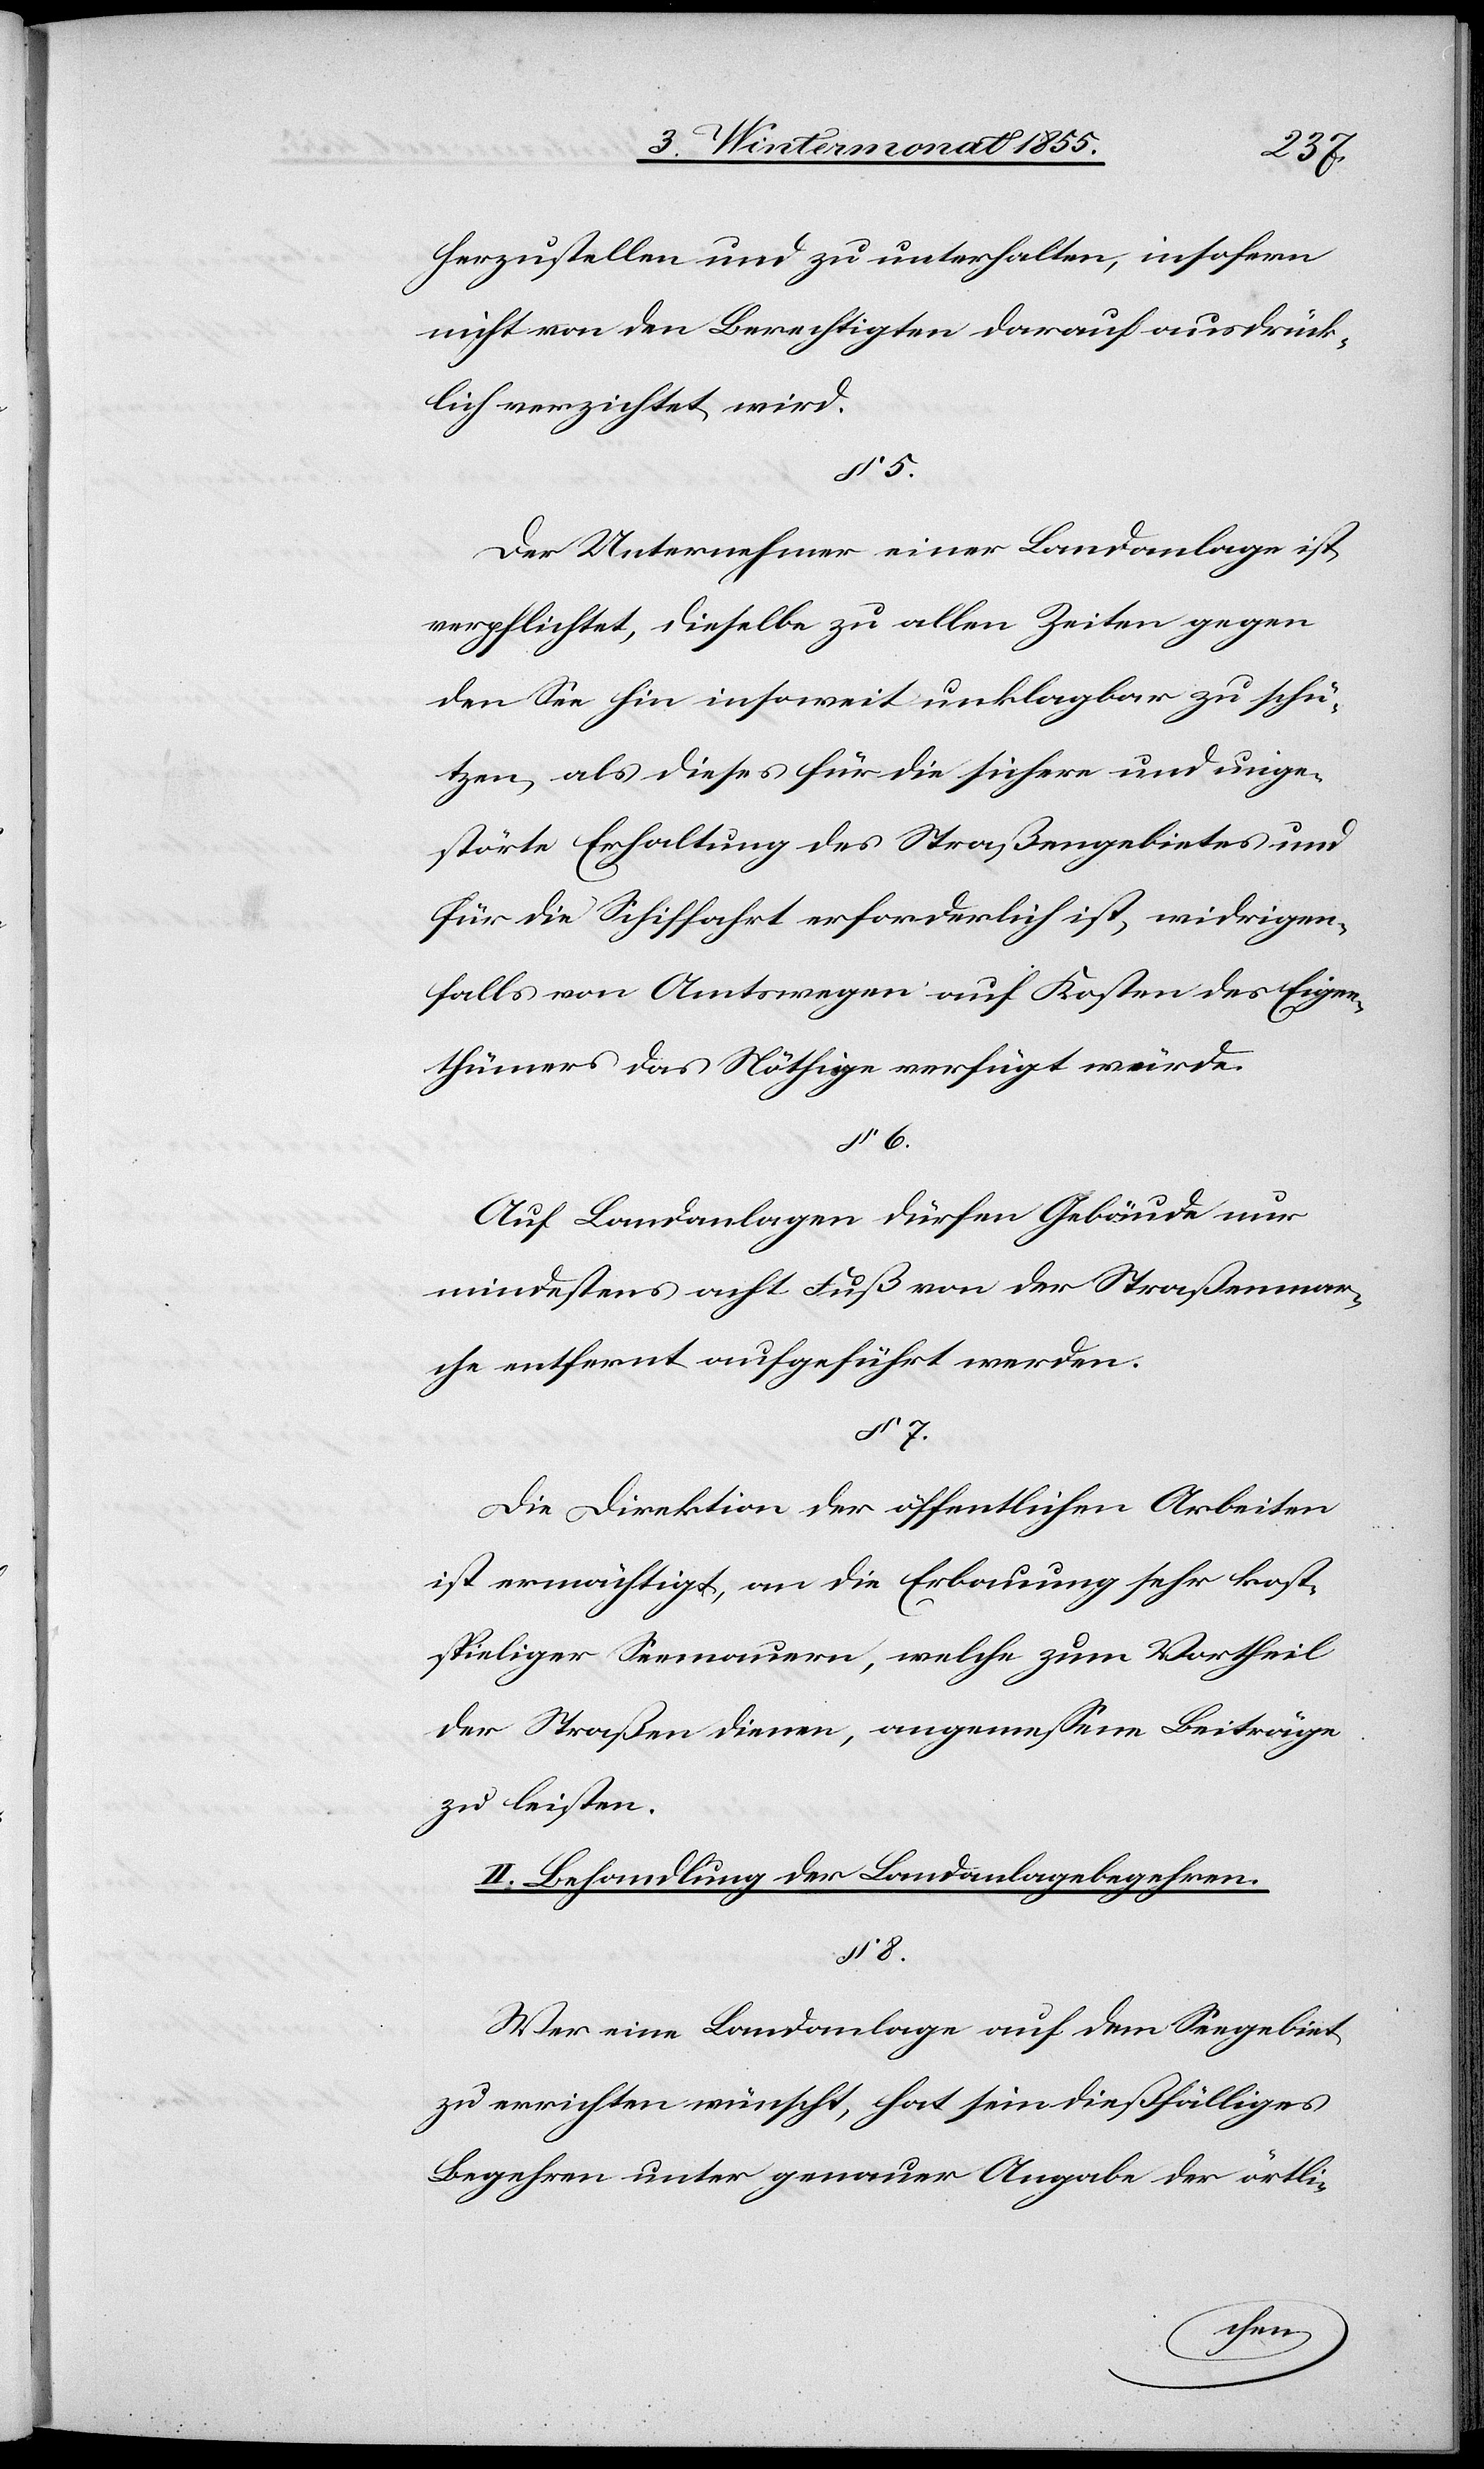
§ 7.
herzustellen und zu unterhalten, insofern
nicht von den Berechtigten darauf ausdrück¬
lich verzichtet wird.
Der Unternehmer einer Landanlage ist
verpflichtet, dieselbe zu allen Zeiten gegen
den See hin insoweit unklagbar zu schü¬
tzen, als dieses für die sichere und unge¬
störte Erhaltung des Straßengebietes und
für die Schiffahrt erforderlich ist, widrigen¬
falls von Amtswegen auf Kosten des Eigen¬
thümers das Nöthige verfügt würde.
Auf Landanlagen dürfen Gebäude nur
mindestens acht Fuß von der Straßenmar¬
che entfernt aufgeführt werden.
Die Direktion der öffentlichen Arbeiten
ist ermächtigt, an die Erbauung sehr kost¬
spieliger Seemauern, welche zum Vortheil
der Straßen dienen, angemessene Beiträge
zu leisten.
II. Behandlung der Landanlagebegehren.
§ 8.
Wer eine Landanlage auf dem Seegebiet
zu errichten wünscht, hat sein dießfälliges
Begehren unter genauer Angabe der örtli-